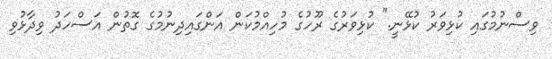
ވިސްނުމުގައި ކުޅިވަރު ކުޅޭނީ." ކުޅިވަރުގެ ރޫހުގެ މުހިއްމުކަން އަންގައިދިނުމުގެ ގޮތުން އަސްހަދު ވިދާޅުވި